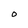
Character: O